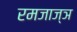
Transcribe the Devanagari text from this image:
रमजाज्ञ